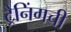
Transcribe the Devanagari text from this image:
ट्रेनिंगची